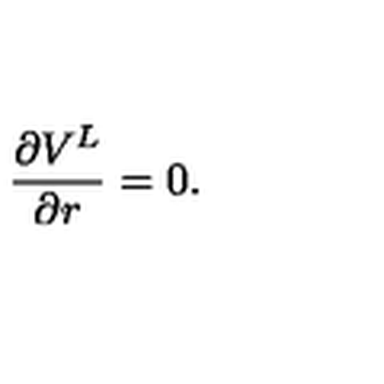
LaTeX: { \frac { \partial V ^ { L } } { \partial r } } = 0 .